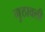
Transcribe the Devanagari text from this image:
गुठावली